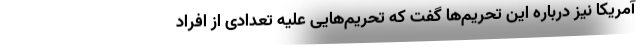
آمریکا نیز درباره این تحریم‌ها گفت که تحریم‌هایی علیه تعدادی از افراد